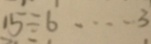
1 5 \div 6 \cdots 3